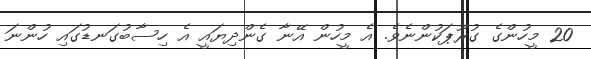
20 މީހުންގެ ގުރޫޕަކުންނެވެ. އެ މީހުން އޭނާ ގެންދިޔައީ އެ ހިސާބުގަނޑުގައި ހުންނަ